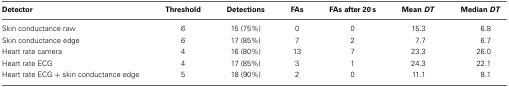
| Detector | Threshold | Detections | FAs | FAs after 20 s | Mean DT | Median DT |
 | --- | --- | --- | --- | --- | --- | --- |
 | Skin conductance raw | 6 | 15 (75%) | 0 | 0 | 15.3 | 6.8 |
 | Skin conductance edge | 6 | 17 (85%) | 7 | 2 | 7.7 | 6.7 |
 | Heart rate camera | 4 | 16 (80%) | 13 | 7 | 23.3 | 26.0 |
 | Heart rate ECG | 4 | 17 (85%) | 3 | 1 | 24.3 | 22.1 |
 | Heart rate ECG + skin conductance edge | 5 | 18 (90%) | 2 | 0 | 11.1 | 8.1 |